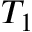
T _ { 1 }